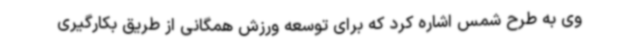
وی به طرح شمس اشاره کرد که برای توسعه ورزش همگانی از طریق بکارگیری